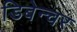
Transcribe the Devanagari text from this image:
डिबेन्‍चर